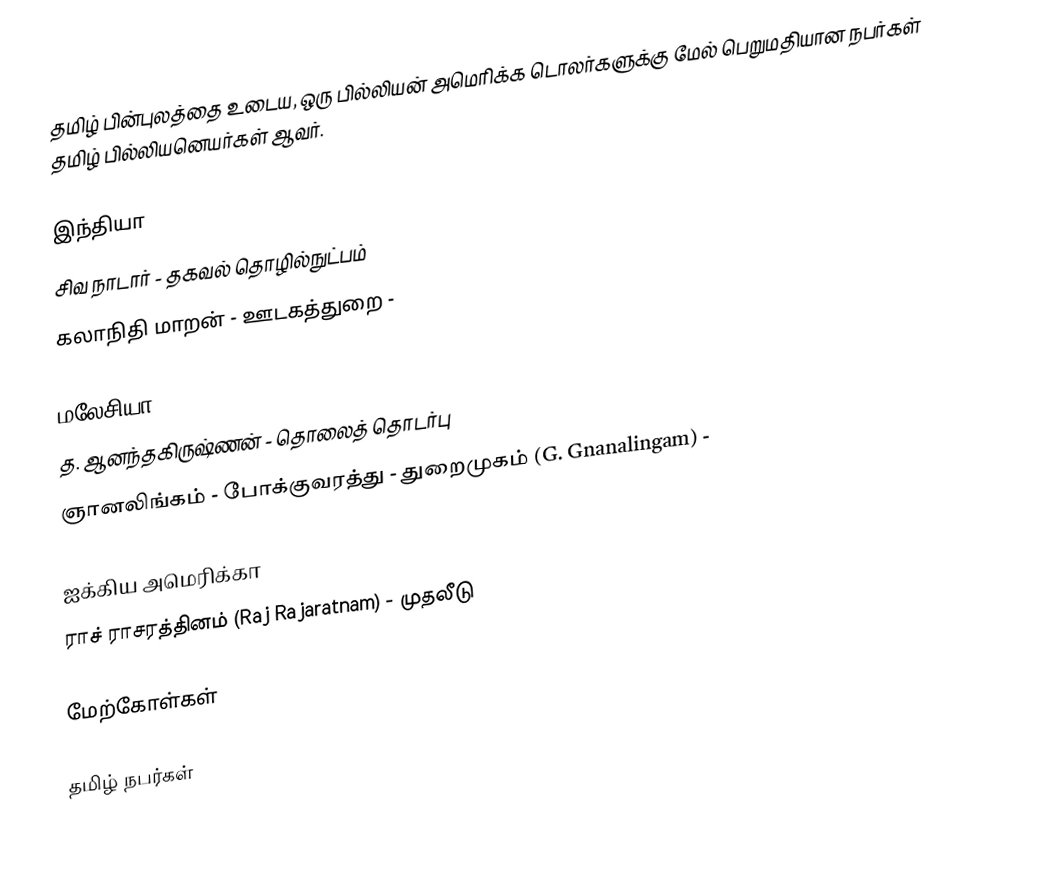
தமிழ் பின்புலத்தை உடைய, ஒரு பில்லியன் அமெரிக்க டொலர்களுக்கு மேல் பெறுமதியான நபர்கள் தமிழ் பில்லியனெயர்கள் ஆவர்.

இந்தியா
 சிவ நாடார் - தகவல் தொழில்நுட்பம்
 கலாநிதி மாறன் - ஊடகத்துறை -

மலேசியா
 த. ஆனந்தகிருஷ்ணன் - தொலைத் தொடர்பு
 ஞானலிங்கம் - போக்குவரத்து - துறைமுகம் (G. Gnanalingam) -

ஐக்கிய அமெரிக்கா
 ராச் ராசரத்தினம் (Raj Rajaratnam) - முதலீடு

மேற்கோள்கள்

தமிழ் நபர்கள்